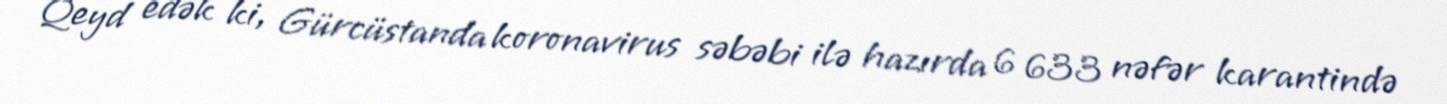
Qeyd edək ki, Gürcüstanda koronavirus səbəbi ilə hazırda 6 633 nəfər karantində